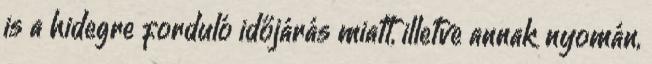
is a hidegre forduló időjárás miatt, illetve annak nyomán,